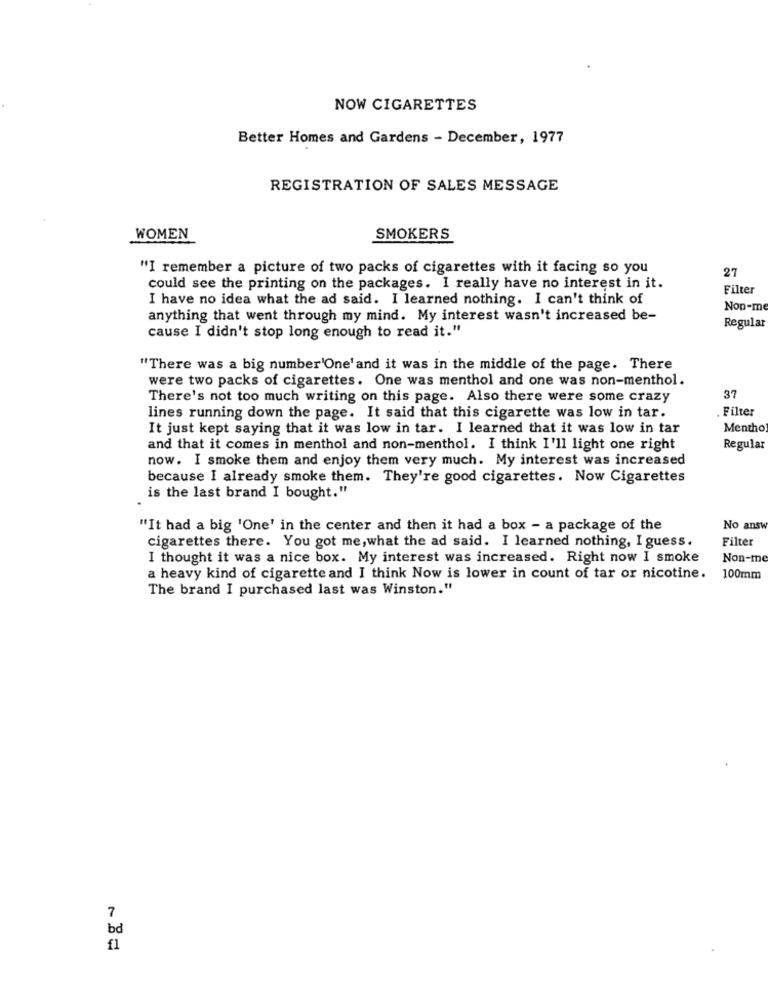
NOW CIGARETTES
Better Homes and Gardens - December, 1977
REGISTRATION OF SALES MESSAGE
WOMEN
SMOKERS
"I remember a picture of two packs of cigarettes with it facing so you
27
could see the printing on the packages. I really have no interest in it.
Filter
I have no idea what the ad said. I learned nothing. I can't think of
Nop-me
anything that went through my mind. My interest wasn't increased be-
Regular
cause I didn't stop long enough to read it."
"There was a big number'One'and it was in the middle of the page. There
were two packs of cigarettes. One was menthol and one was non-menthol.
There's not too much writing on this page. Also there were some crazy
37
Filter
lines running down the page. It said that this cigarette was low in tar.
It just kept saying that it was low in tar. I learned that it was low in tar
Mentho
and that it comes in menthol and non-menthol. I think I'll light one right
Regular
now. I smoke them and enjoy them very much. My interest was increased
because I already smoke them. They're good cigarettes. Now Cigarettes
is the last brand I bought."
"It had a big 'One' in the center and then it had a box - a package of the
No answ
cigarettes there. You got me, what the ad said. I learned nothing, I guess.
Filter
I thought it was a nice box. My interest was increased. Right now I smoke
Non-me
a heavy kind of cigarette and I think Now is lower in count of tar or nicotine.
100mm
The brand I purchased last was Winston."
7
bd
£1